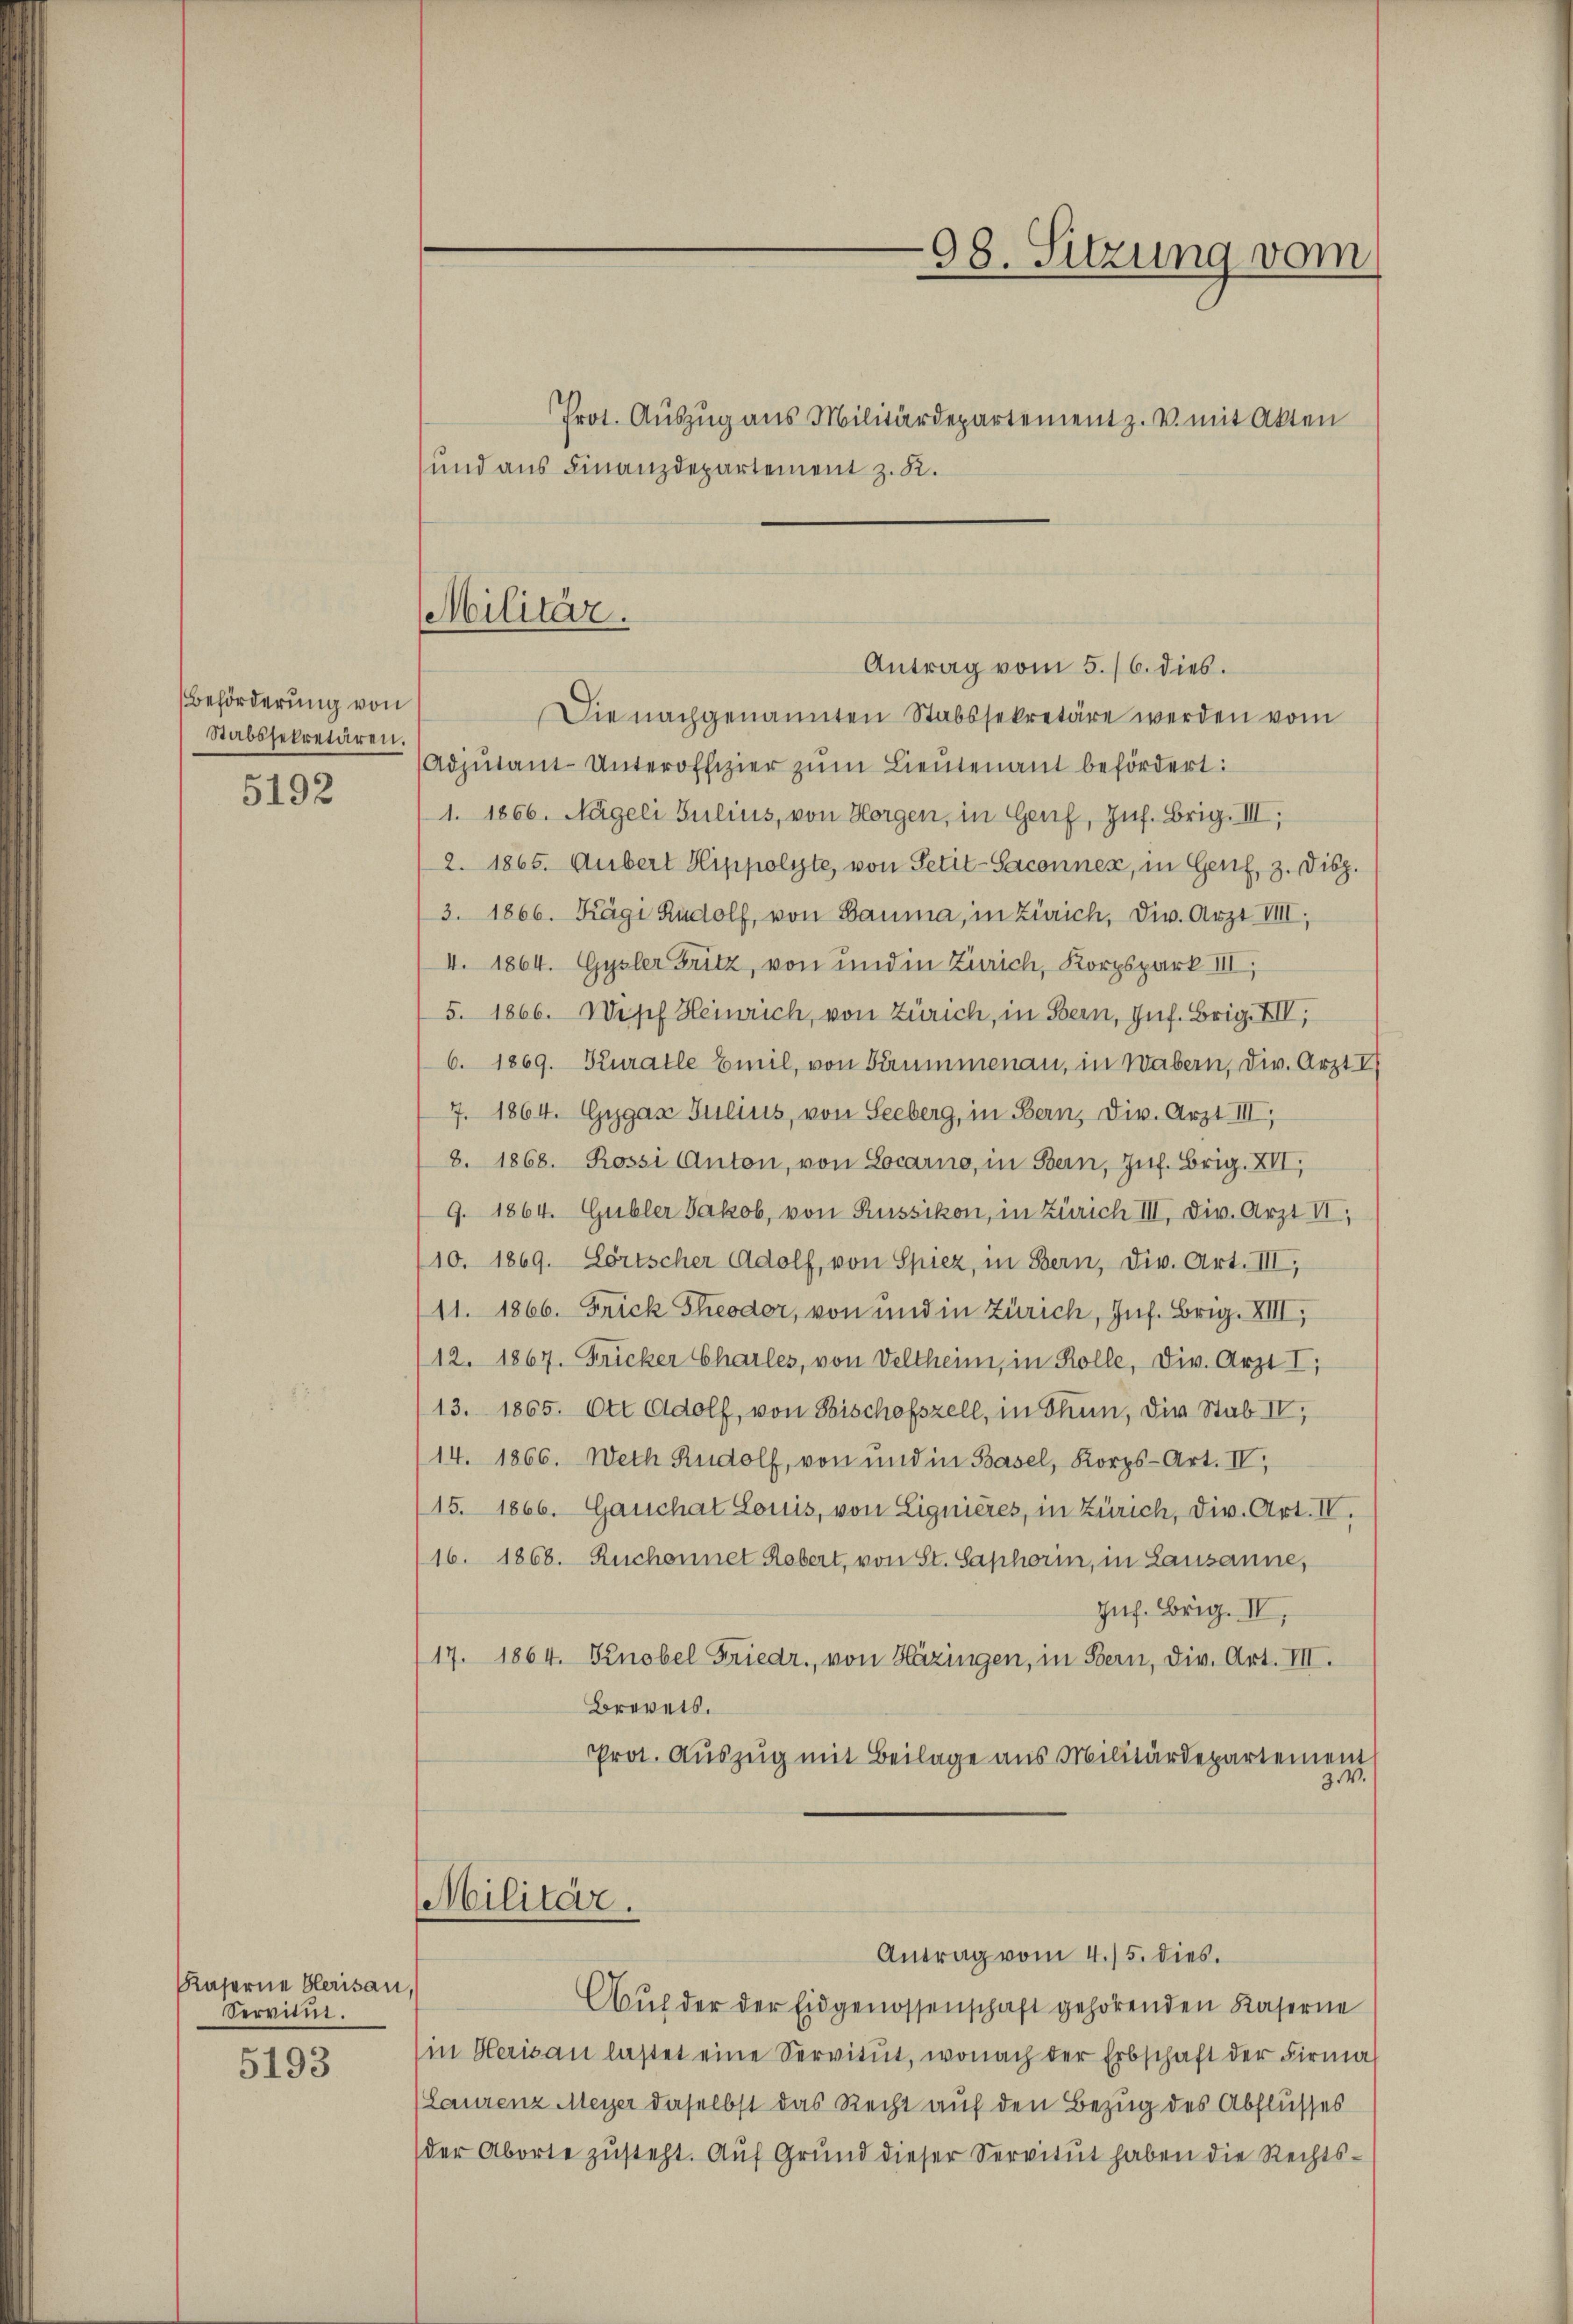
Kaserne berisau,
Servitin.
5193

Beförderung von
Stabssekretären.
5192

Prot. Auszug aus Militärdepartement z. v. mit Akten

Militär.

und aus Finanzdepartement z. R.

98. Sitzung vom

Antrag vom 5./6. dies.
Die nachgenannten Stabssekretäre werden vom
Adjutant-Unteroffizier zŭm Lieutenant befördert:
1. 1866. Nägeli Julius, von Horgen, in Genf, Zuf. Brig. III,
2. 1865. Aubert Hippolyte, von Petit-Saconnex, in Genf, 3. Disp.
3. 1866. Kägi Rudolf, von Bauma, in Zürich, Div. Arzt VIII,
II. 1864. Gysler Fritz, von und in Zürich, Korpspark III,
5. 1866. Wipf Heinrich, von Zürich, in Bern, Inf. Brig. XII,
6. 1869. Kuralle Emil, von Brummenau, in Wabern, Div. Arzt I
7. 1864. Gygas Julius, von Seeberg, in Bern, Div. Arzt III,
8. 1868. Rossi Anton, von Locarno, in Bern, Zuf. Brig. XVI,
9. 1864. Gubler Jakob, von Russikon, in Zürich III. Dir. Arzt VI,
10. 1869. Lorischer Adolf, von Spiez, in Bern, Div. Art. III,
11. 1866. Frick Theodor, von und in Zürich, Inf. Brig. XIII,
112. 1867. Fricker Charles, von Veltheim, in Kolle, Div. Arzt I,
13. 1865. Ott Adolf, von Bischofszell, in Thun, die Stab IV,
14. 1866. Weth Rudolf, von und in Basel, Korps-Art. IV,
15. 1866. Garchat Louis, von Lignières, in Zürich, Dir. Art. IV.
16. 1868. Ruchonnet Rebert, von St. Saphorin, in Lausanne,
Juf. Brig. IV,
17. 1864. Knobel Friedr., von Häzingen, in Bern, Div. Art. III.
Brevets.
Prot. Auszug mit Beilage aus Militärdepartement
z.V.
Militär.
Antrag vom 4./5. dies
Aŭf der der Eidgenossenschaft gehörenden Kaserne
(in Herisau lastet eine Servitŭt, wonach der Erbschaft der Firma
Laurenz Meyer daselbst das Recht auf den Bezug des Abflusses
der Aborte zŭsteht. Aŭf Grŭnd dieser Servitŭt haben die Rechts-